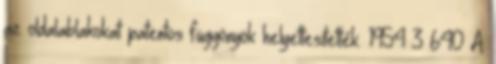
az oldalablakokat patentos függönyök helyettesítették. 1954 3 640 A